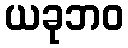
ယခုဘဝ